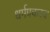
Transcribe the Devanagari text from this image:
धर्मप्रचारय